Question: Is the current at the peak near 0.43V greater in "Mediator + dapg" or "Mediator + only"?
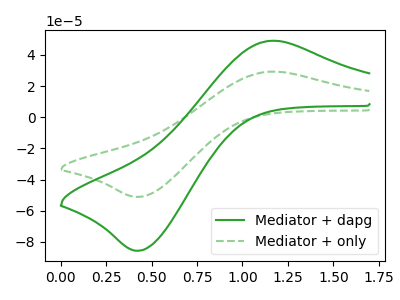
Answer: <think>The green curve "Mediator + dapg" has an anodic peak at (1.15V, 49.10uA) and a cathodic peak at (0.45V, -85.65uA). The green dashed curve "Mediator + only" has an anodic peak at (1.15V, 29.30uA) and a cathodic peak at (0.45V, -51.10uA).</think>
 <answer>The peak at 0.43V is higher in "Mediator + dapg" than in "Mediator + only".</answer>
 <eval>higher</eval>